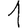
Digit: 1